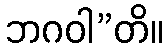
ဘဂဝါ”တိ။